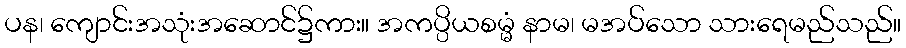
ပန၊ ကျောင်းအသုံးအဆောင်၌ကား။ အကပ္ပိယစမ္မံ နာမ၊ မအပ်သော သားရေမည်သည်။